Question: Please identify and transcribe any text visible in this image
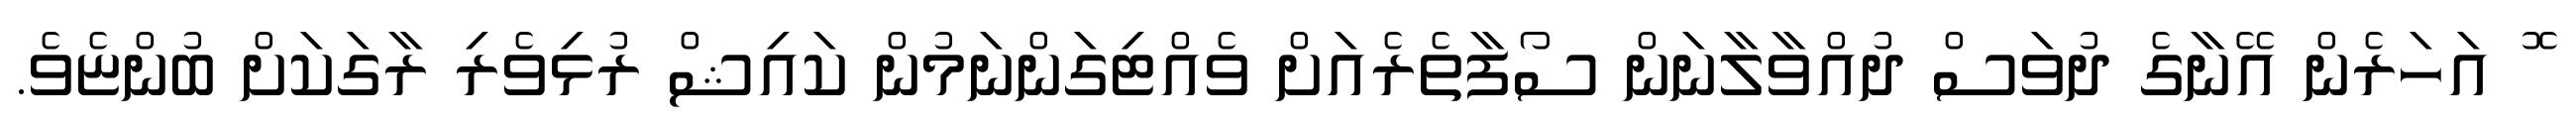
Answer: ޮ އަހަރެން އޭނާގެ ދުވަސް ދުއްވާލާނަން ސޯފާތެރެއަށް ވެއްޓިގަންނަމުން ކައިޝް ރުޅިވެރި ރާގަކަށް ބުންޏެވެ.